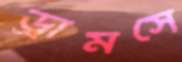
ড্রামসে